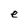
Character: e